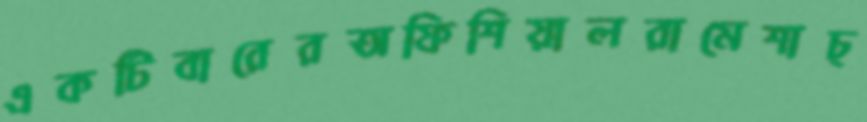
একটিবারেরঅফিশিয়ালরামেশাচ্